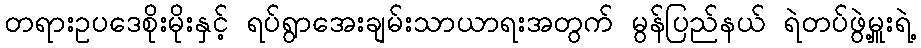
တရားဥပဒေစိုးမိုးနှင့် ရပ်ရွာအေးချမ်းသာယာရးအတွက် မွန်ပြည်နယ် ရဲတပ်ဖွဲ့မှူးရဲ့